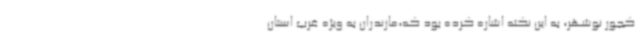
کجور نوشهر، به این نکته اشاره کرده بود که،مازندران به ویژه غرب استان